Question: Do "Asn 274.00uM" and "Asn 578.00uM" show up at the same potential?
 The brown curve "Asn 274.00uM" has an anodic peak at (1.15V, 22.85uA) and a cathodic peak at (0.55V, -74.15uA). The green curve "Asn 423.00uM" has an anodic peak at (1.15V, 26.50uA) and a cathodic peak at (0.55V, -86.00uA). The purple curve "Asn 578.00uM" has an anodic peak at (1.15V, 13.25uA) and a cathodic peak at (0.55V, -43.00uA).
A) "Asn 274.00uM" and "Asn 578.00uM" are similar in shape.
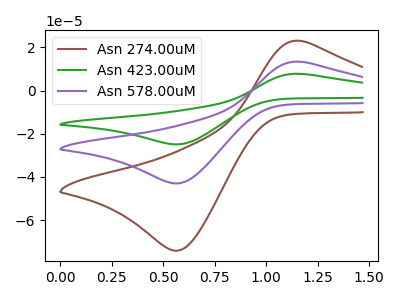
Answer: <think>All the peaks in "Asn 274.00uM" have a peak in "Asn 578.00uM" at the same potential. Every peak in "Asn 274.00uM" is higher than every peak in "Asn 578.00uM".
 </think>
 <answer>A) "Asn 274.00uM" and "Asn 578.00uM" are similar in shape.</answer>
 <eval>A</eval>